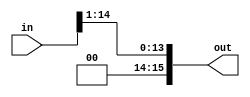
module shift16(in,out);
input [15:0] in;
output [15:0] out;

assign out[15:14] = 2'b0;
assign out[13:0] = in[14:1];
endmodule